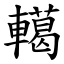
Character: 轕